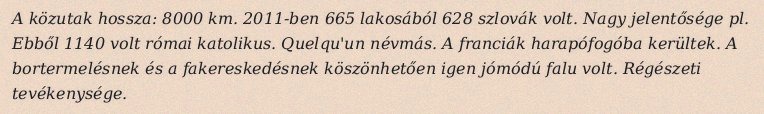
A közutak hossza: 8000 km. 2011-ben 665 lakosából 628 szlovák volt. Nagy jelentősége pl. Ebből 1140 volt római katolikus. Quelqu'un névmás. A franciák harapófogóba kerültek. A bortermelésnek és a fakereskedésnek köszönhetően igen jómódú falu volt. Régészeti tevékenysége.